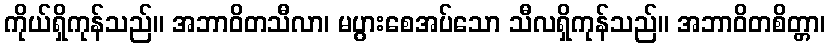
ကိုယ်ရှိကုန်သည်။ အဘာဝိတသီလာ၊ မပွားစေအပ်သော သီလရှိကုန်သည်။ အဘာဝိတစိတ္တာ၊